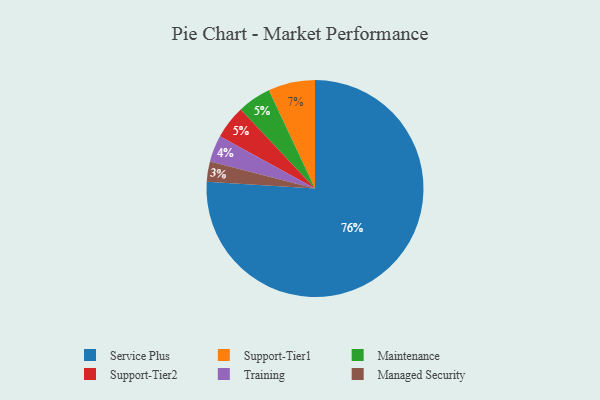
{"axis": {"x": "Category", "y": "Percentage"}, "legend": ["Maintenance", "Managed Security", "Service Plus", "Support-Tier1", "Support-Tier2", "Training"], "data": [{"x": "Support-Tier1", "y": 7, "type": "Support-Tier1"}, {"x": "Managed Security", "y": 3, "type": "Managed Security"}, {"x": "Maintenance", "y": 5, "type": "Maintenance"}, {"x": "Support-Tier2", "y": 5, "type": "Support-Tier2"}, {"x": "Training", "y": 4, "type": "Training"}, {"x": "Service Plus", "y": 76, "type": "Service Plus"}]}